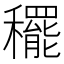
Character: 䆉